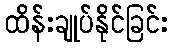
ထိန်းချုပ်နိုင်ခြင်း